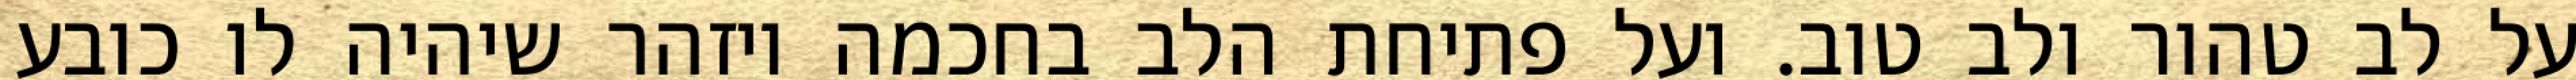
על לב טהור ולב טוב. ועל פתיחת הלב בחכמה ויזהר שיהיה לו כובע